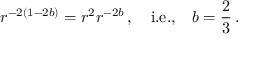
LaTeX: r ^ { - 2 ( 1 - 2 b ) } = r ^ { 2 } r ^ { - 2 b } \, , \quad \mathrm { i . e . , } \quad b = \frac 2 3 \, .